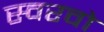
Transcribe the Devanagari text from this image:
स्वरवो